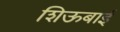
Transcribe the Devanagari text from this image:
शिऊबाई